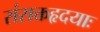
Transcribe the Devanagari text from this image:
संसक्तहृदयाः